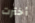
أخترت